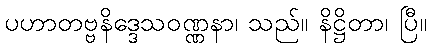
ပဟာတဗ္ဗနိဒ္ဒေသဝဏ္ဏနာ၊ သည်။ နိဋ္ဌိတာ၊ ပြီ။